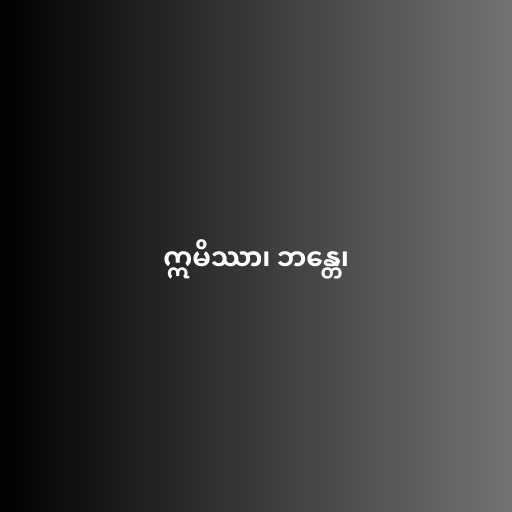
ဣမိဿာ၊ ဘန္တေ၊